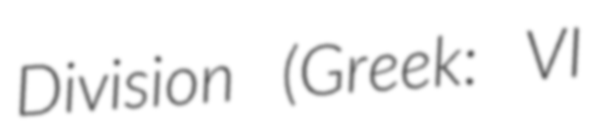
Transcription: Division (Greek: VI